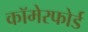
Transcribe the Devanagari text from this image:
कॉमेरफोर्ड